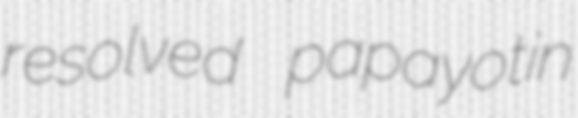
resolved papayotin